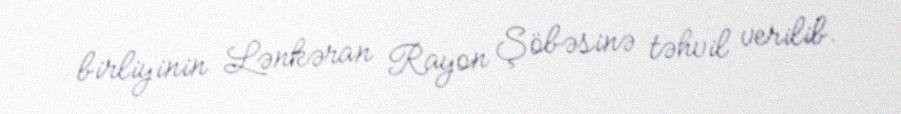
birliyinin Lənkəran Rayon Şöbəsinə təhvil verilib.